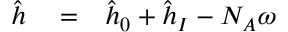
\begin{array} { r l r } { \hat { h } } & { { } = } & { \hat { h } _ { 0 } + \hat { h } _ { I } - N _ { A } \omega } \end{array}